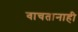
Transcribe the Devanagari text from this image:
वाचतानाही